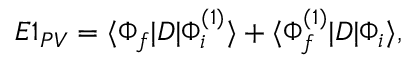
\begin{array} { r } { E 1 _ { P V } = \langle \Phi _ { f } | D | \Phi _ { i } ^ { ( 1 ) } \rangle + \langle \Phi _ { f } ^ { ( 1 ) } | D | \Phi _ { i } \rangle , } \end{array}